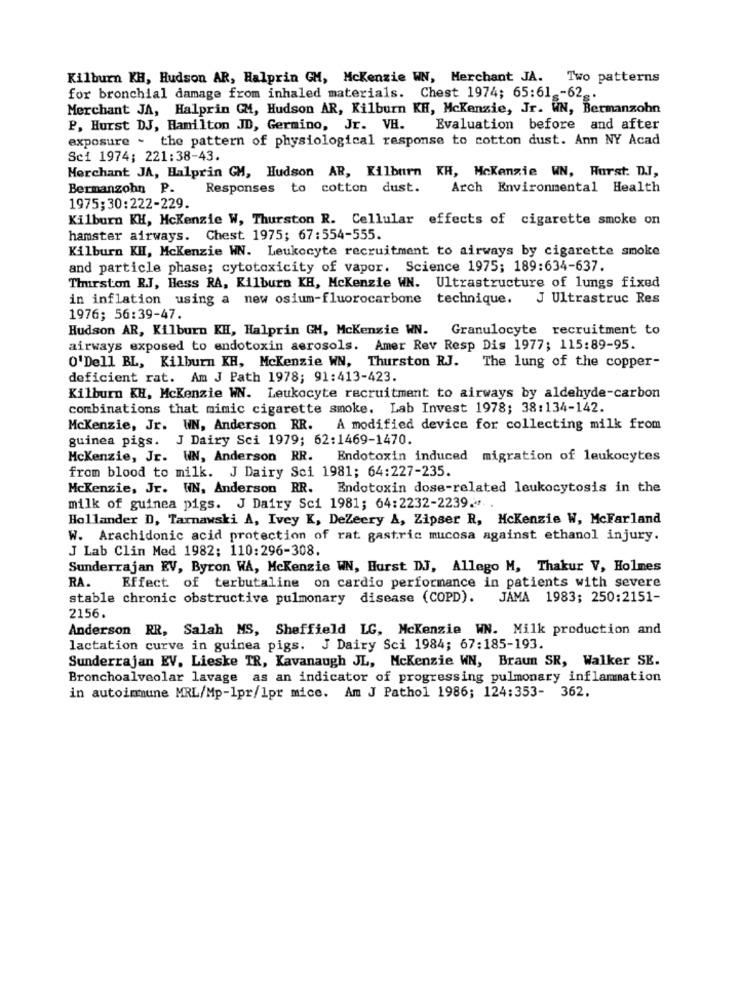
Kilburn KH, Hudson AR, Halprin GM, Mckenzie WN, Merchant JA.
Two patterns
for bronchial damage from inhaled materials. Chest 1974; 65:61 _- 62.
Merchant JA, Halprin GM, Hudson AR, Kilburn KH, Mckenzie, Jr. WN, Bermanzohn
P, Hurst DJ, Hamilton JD, Germino, Jr. VH. Evaluation before and after
exposure - the pattern of physiological response to cotton dust. Ann NY Acad
Sci 1974; 221:38-43.
Merchant JA, Halprin GM, Hudson AR, Kilburn KH, Mckenzie WN, Hurst: D.J.
Bermanzohn P.
Responses to cotton dust.
Arch Environmental Health
1975; 30:222-229.
Kilburn KH, Mckenzie W, Thurston R. Cellular effects of cigarette smoke on
hamster airways. Chest 1975; 67:554-555.
Kilburn KH, Mckenzie WN. Leukocyte recruitment to airways by cigarette smoke
and particle phase; cytotoxicity of vapor. Science 1975; 189:634-637.
Thurston RJ, Hess RA, Kilburn KH, Mckenzie WN. Ultrastructure of lungs fixed
in inflation using a new osium-fluorocarbone technique. J Ultrastruc Res
1976; 56:39-47.
Hudson AR, Kilburn KH, Halprin GH, Mckenzie WN. Granulocyte recruitment to
airways exposed to endotoxin aerosols. Amer Rev Resp Dis 1977; 115:89-95.
O'Dell BL, Kilburn KH, Mckenzie WN, Thurston RJ. The lung of the copper-
deficient rat. Am J Path 1978; 91:413-423.
Kilburn KH, Mckenzie WN. Leukocyte recruitment to airways by aldehyde-carbon
combinations that mimic cigarette smoke. Lab Invest 1978; 38:134-142.
Mckenzie, Jr. WN, Anderson RR. A modified device for collecting milk from
guinea pigs. J Dairy Sci 1979; 62:1469-1470.
Mckenzie, Jr. WN, Anderson RR.
Endotoxin induced migration of leukocytes
from blood to milk. J Dairy Sci 1981; 64:227-235.
Mckenzie, Jr. WN, Anderson RR. Endotoxin dose-related leukocytosis in the
milk of guinea pigs. J Dairy Sci 1981; 64:2232-2239.".
Hollander D, Tarnawski A, Ivey K, DeZeery A, Zipser R, Mckenzie W, McFarland
W. Arachidonic acid protection of rat gastric mucosa against ethanol injury.
J Lab Clin Med 1982; 110:296-308.
Sunderrajan EV, Byron WA, Mckenzie W, Hurst DJ, Allego M, Thakur V, Holmes
RA.
Effect of terbutaline on cardio performance in patients with severe
stable chronic obstructive pulmonary disease (COPD). JAMA 1983; 250:2151-
2156.
Anderson RR, Salah MS, Sheffield LG, Mckenzie WN. Milk production and
lactation curve in guinea pigs. J Dairy Sci 1984; 67:185-193.
Sunderrajan EV. Lieske TR, Kavanaugh JL, Mckenzie WN, Braun SR, Walker SE.
Bronchoalveolar lavage as an indicator of progressing pulmonary inflammation
in autoimmune MRL/Mp-1pr/1pr mice. Am J Pathol 1986; 124:353- 362.